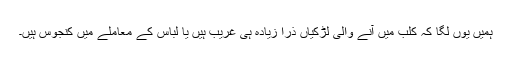
ہمیں یوں لگا کہ کلب میں آنے والی لڑکیاں ذرا زیادہ ہی غریب ہیں یا لباس کے معاملے میں کنجوس ہیں۔